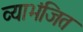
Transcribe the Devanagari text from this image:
व्याभंजित